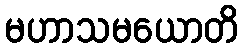
မဟာသမယောတိ